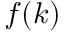
f ( k )